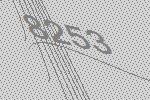
8253